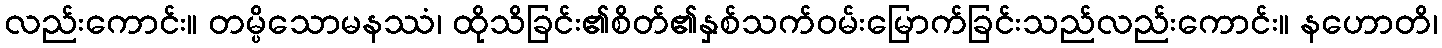
လည်းကောင်း။ တမ္ပိသောမနဿံ၊ ထိုသိခြင်း၏စိတ်၏နှစ်သက်ဝမ်းမြောက်ခြင်းသည်လည်းကောင်း။ နဟောတိ၊